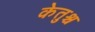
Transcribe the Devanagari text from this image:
केतुश्च